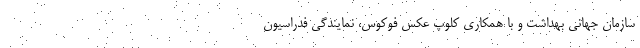
سازمان جهانی بهداشت و با همکاری کلوپ عکس فوکوس، نمایندگی فدراسیون